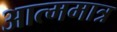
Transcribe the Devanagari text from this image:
आत्ममात्र